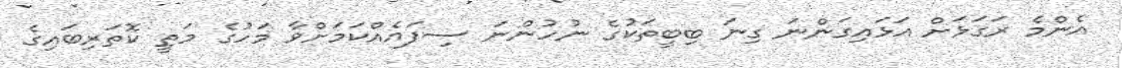
އެންމެ ރަގަޅަށް އަޅައިގަންނަ ގިނަ ބިބީތަކުގެ ނުހުންނަ ސިފައެއްކަމަށްވާ މަހުގެ މަތީ ކޮތަރިބައިގެ